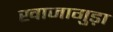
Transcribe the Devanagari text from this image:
खाजागुड़ा